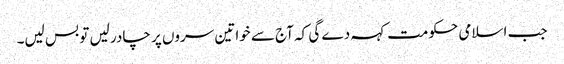
جب اسلامی حکومت کہہ دے گی کہ آج سے خواتین سروں پر چادر لیں تو بس لیں۔